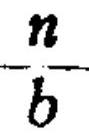
\(\frac{n}{b}\)